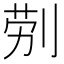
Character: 𭃪